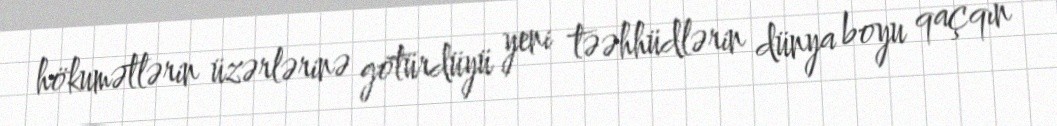
hökumətlərin üzərlərinə götürdüyü yeni təəhhüdlərin dünya boyu qaçqın